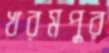
খরমপুর